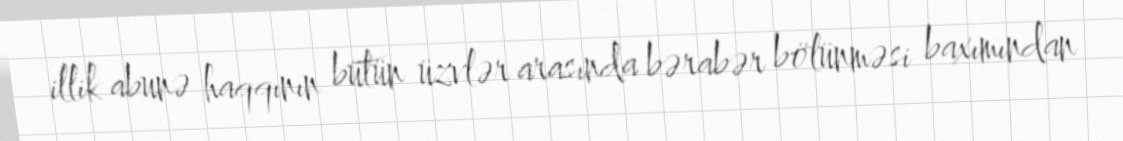
illik abunə haqqının bütün üzvlər arasında bərabər bölünməsi baxımından